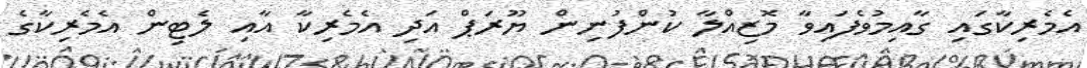
އެމެރިކާގައި ގާއިމުވެފައިވާ މޮޒިއްލާ ކުންފުނިން ޔޫރަޕް އަދި އެމެރިކާ އާއި ލެޓިން އެމެރިކާގެ